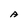
Character: A